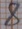
Text: 8